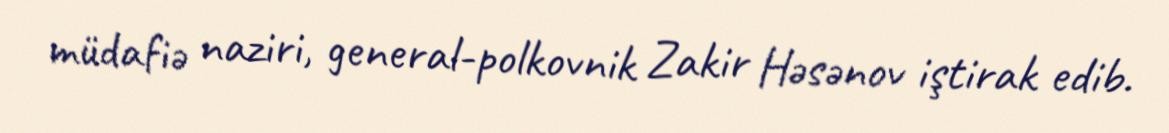
müdafiə naziri, general-polkovnik Zakir Həsənov iştirak edib.